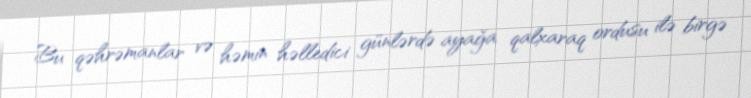
Bu qəhrəmanlar və həmin həlledici günlərdə ayağa qalxaraq ordusu ilə birgə